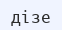
дізе